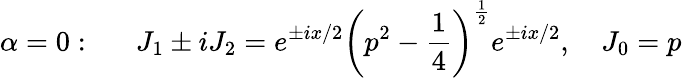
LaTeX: \alpha=0:\quad\, \, \, J_{1}\pm iJ_{2}=e^{\pm ix/2}\left(p^{2}-\frac 14\right)^{\frac 12}e^{\pm ix/2},\quad J_{0}=p